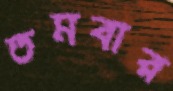
তমবার